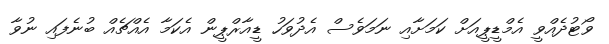
ވޯޓުދެއްވީ އެމްޑީޕީއަށް ކަމަށާއި ނަމަވެސް އެދުވަހު ޑީއާރްޕީން އެކަމާ އެއްޗެއް ބުނެފައި ނުވާ